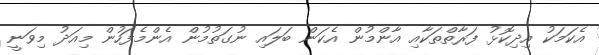
އެކަމަކު އިދިކޮޅު ފަރާތްތަކާއި އާންމުން އެކަން ބަލައި ނުގަތުމުން އެންމެފަހުން މިއަދު މިވަނީ